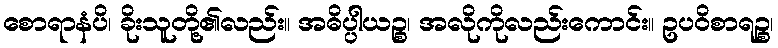
စောရာနံပိ၊ ခိုးသူတို့၏လည်း။ အဓိပ္ပါယဉ္စ၊ အလိုကိုလည်းကောင်း။ ဥပဝိစာရဉ္စ၊